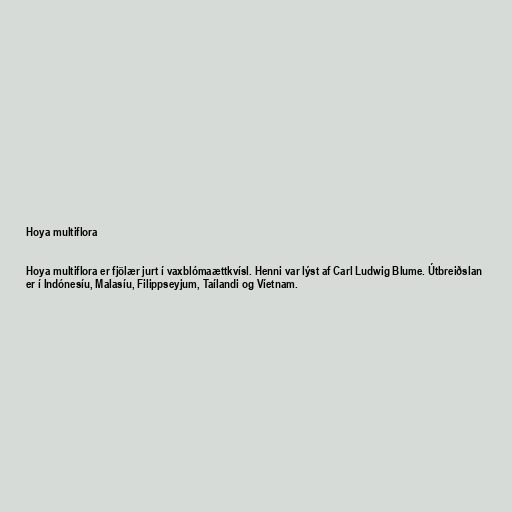
Hoya multiflora

Hoya multiflora er fjölær jurt í vaxblómaættkvísl. Henni var lýst af Carl Ludwig Blume. Útbreiðslan
er í Indónesíu, Malasíu, Filippseyjum, Taílandi og Víetnam.